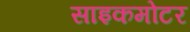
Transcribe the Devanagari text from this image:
साइकमोटर